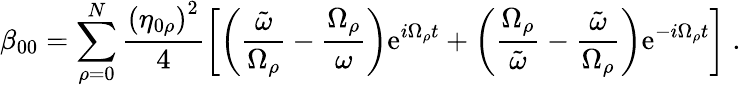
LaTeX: \beta_{00}=\sum_{\rho=0}^{N}\frac{\left(\eta_{0\rho}\right)^{2}}{4}\left[\left(\frac{\tilde{\omega}}{\Omega_{\rho}}-\frac{\Omega_{\rho}}{\omega}\right)\mathrm{e}^{i\Omega_{\rho}t}+\left(\frac{\Omega_{\rho}}{\tilde{\omega}}-\frac{\tilde{\omega}}{\Omega_{\rho}}\right)\mathrm{e}^{-i\Omega_{\rho}t}\right]\; .